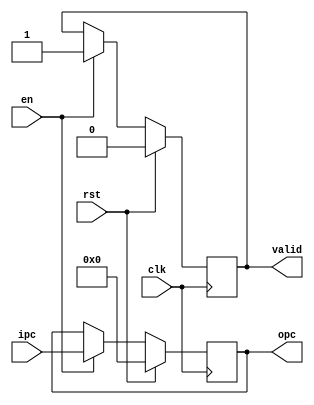
`timescale 1ns / 1ps
//////////////////////////////////////////////////////////////////////////////////
// Company: 
// Engineer: 
// 
// Design Name: 
// Module Name:    singlePc 
// Project Name: 
// Target Devices: 
// Tool versions: 
// Description: 
//
// Dependencies: 
//
// Revision: 
// Revision 0.01 - File Created
// Additional Comments: 
//
//////////////////////////////////////////////////////////////////////////////////
module IF(
	input wire en,
   input wire clk,
   input wire rst,
   input wire[31:0] ipc,
   output reg[31:0] opc,
	output reg valid
    );

	initial begin opc= 32'hFFFFFFFF; end

	always @(posedge clk) begin
		if(rst) begin
			valid = 0;
			opc = 0;
		end
		else if(en) begin
			opc = ipc;
			valid = 1;
		end
	end

endmodule